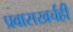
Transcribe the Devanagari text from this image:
प्रवासखर्चही